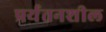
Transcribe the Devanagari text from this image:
प्रर्यतनशील